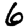
Digit: 6